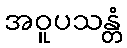
အဝူပသန္တံ